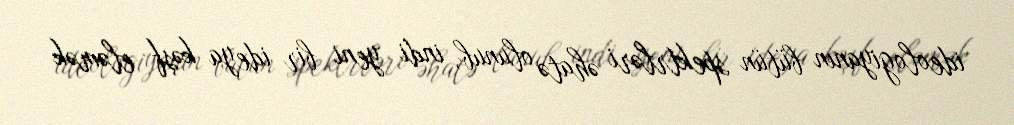
ideologiyanın bütün spektrləri əhatə olunub, indi yeni bir ideya kəşf eləmək